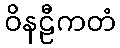
ဝိနဠီကတံ